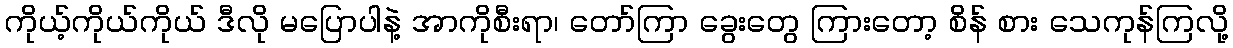
ကိုယ့်ကိုယ်ကိုယ် ဒီလို မပြောပါနဲ့ အာကိုစီးရာ၊ တော်ကြာ ခွေးတွေ ကြားတော့ စိန် စား သေကုန်ကြလို့